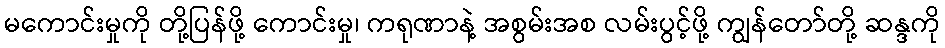
မကောင်းမှုကို တို့ပြန်ဖို့ ကောင်းမှု၊ ကရုဏာနဲ့ အစွမ်းအစ လမ်းပွင့်ဖို့ ကျွန်တော်တို့ ဆန္ဒကို